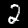
Label: 2